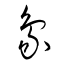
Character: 象